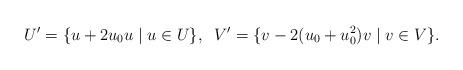
LaTeX: \begin{align*} U'=\{u+2u_0u \;|\; u\in U\}, \;\;V'=\{v-2(u_0+u_0^2)v \; | \; v\in V\}.\end{align*}